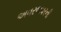
અવરજવરની